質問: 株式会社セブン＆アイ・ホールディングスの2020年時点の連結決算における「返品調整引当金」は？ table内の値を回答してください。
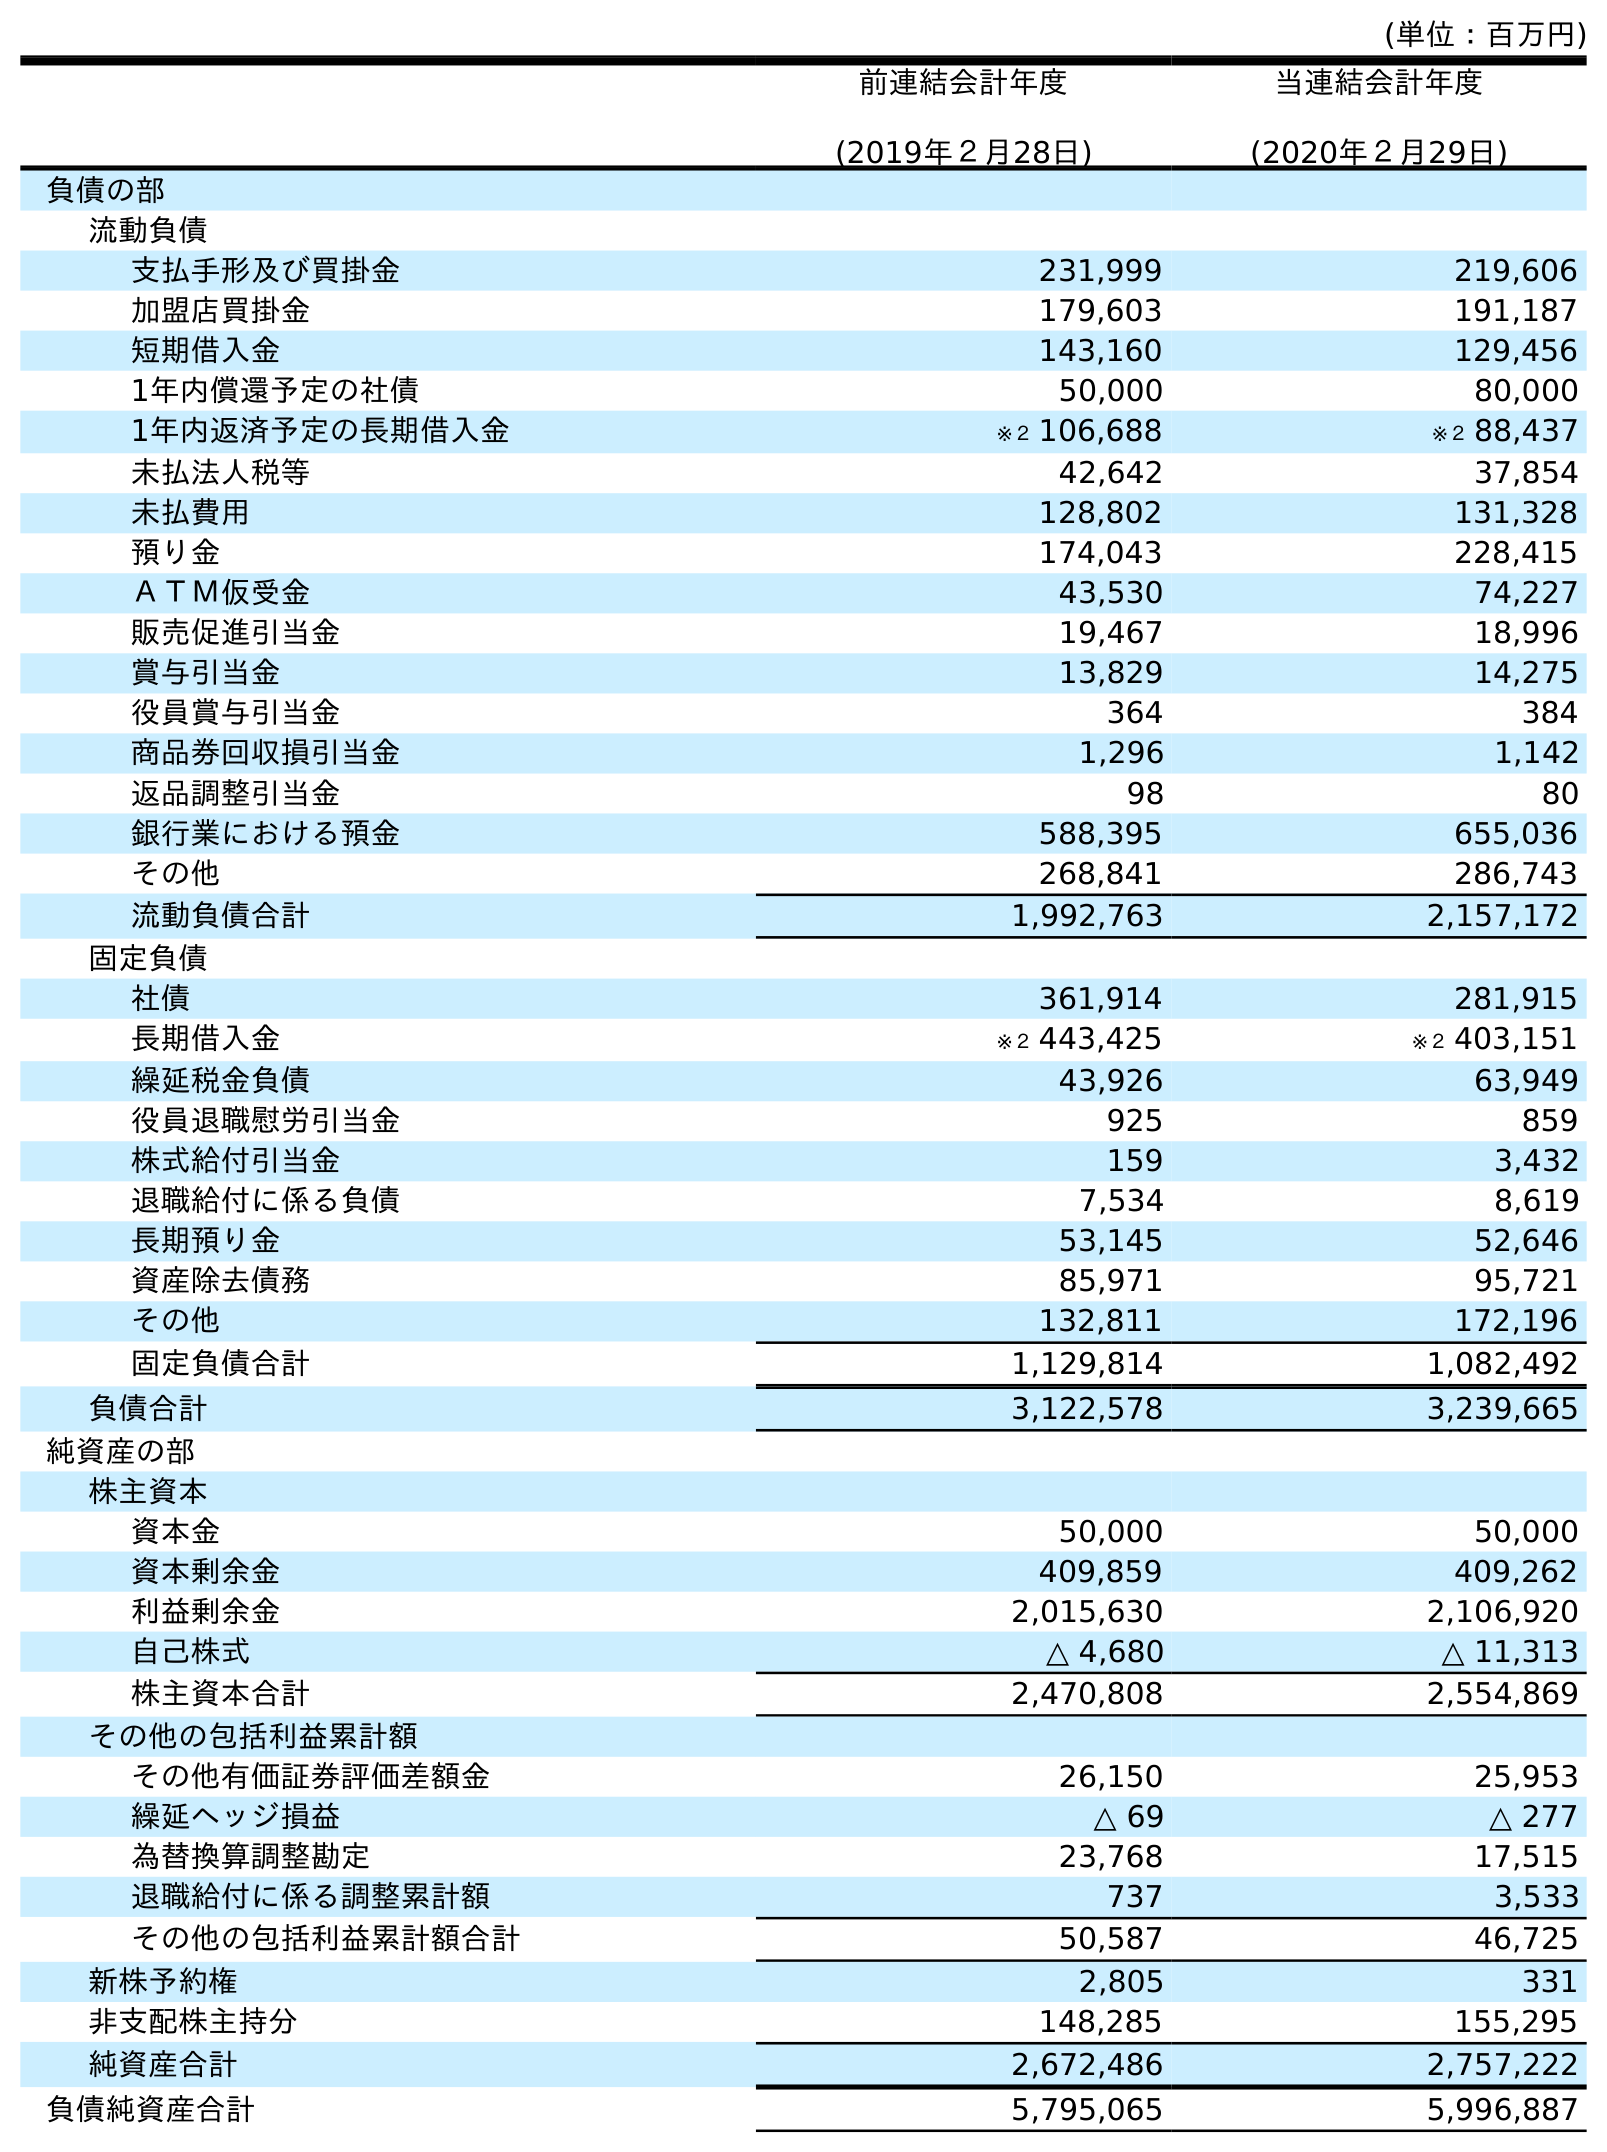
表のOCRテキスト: (単位：百万円) 前連結会計年度 (2019年２月28日) 当連結会計年度 (2020年２月29日) 負債の部 流動負債 支払手形及び買掛金 231,999 219,606 加盟店買掛金 179,603 191,187 短期借入金 143,160 129,456 1年内償還予定の社債 50,000 80,000 1年内返済予定の長期借入金 ※２ 106,688 ※２ 88,437 未払法人税等 42,642 37,854 未払費用 128,802 131,328 預り金 174,043 228,415 ＡＴＭ仮受金 43,530 74,227 販売促進引当金 19,467 18,996 賞与引当金 13,829 14,275 役員賞与引当金 364 384 商品券回収損引当金 1,296 1,142 返品調整引当金 98 80 銀行業における預金 588,395 655,036 その他 268,841 286,743 流動負債合計 1,992,763 2,157,172 固定負債 社債 361,914 281,915 長期借入金 ※２ 443,425 ※２ 403,151 繰延税金負債 43,926 63,949 役員退職慰労引当金 925 859 株式給付引当金 159 3,432 退職給付に係る負債 7,534 8,619 長期預り金 53,145 52,646 資産除去債務 85,971 95,721 その他 132,811 172,196 固定負債合計 1,129,814 1,082,492 負債合計 3,122,578 3,239,665 純資産の部 株主資本 資本金 50,000 50,000 資本剰余金 409,859 409,262 利益剰余金 2,015,630 2,106,920 自己株式 △ 4,680 △ 11,313 株主資本合計 2,470,808 2,554,869 その他の包括利益累計額 その他有価証券評価差額金 26,150 25,953 繰延ヘッジ損益 △ 69 △ 277 為替換算調整勘定 23,768 17,515 退職給付に係る調整累計額 737 3,533 その他の包括利益累計額合計 50,587 46,725 新株予約権 2,805 331 非支配株主持分 148,285 155,295 純資産合計 2,672,486 2,757,222 負債純資産合計 5,795,065 5,996,887
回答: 80